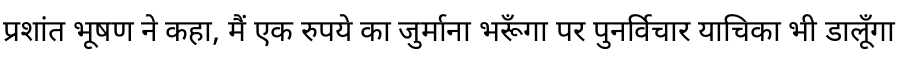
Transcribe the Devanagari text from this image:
प्रशांत भूषण ने कहा, मैं एक रुपये का जुर्माना भरूँगा पर पुनर्विचार याचिका भी डालूँगा